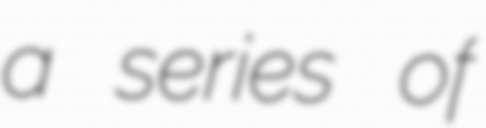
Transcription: a series of